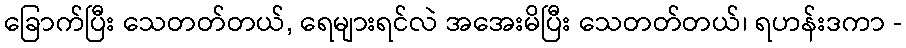
ခြောက်ပြီး သေတတ်တယ်, ရေများရင်လဲ အအေးမိပြီး သေတတ်တယ်၊ ရဟန်းဒကာ -